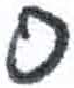
אות: ס